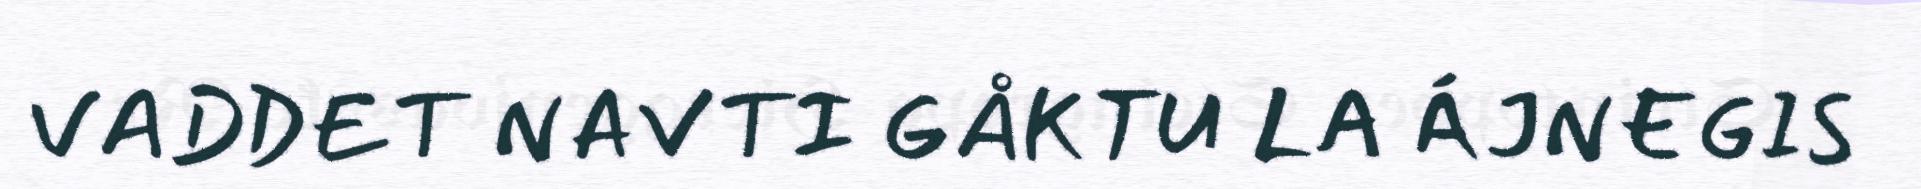
VADDET NAVTI GÅKTU LA ÁJNEGIS